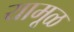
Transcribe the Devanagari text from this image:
यामूळ